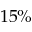
1 5 \%